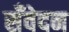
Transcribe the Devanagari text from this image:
सँवेदन